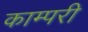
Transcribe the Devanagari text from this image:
काम्परी